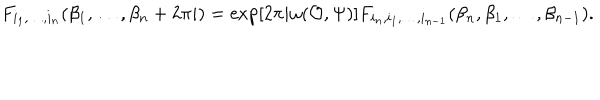
F _ { i _ { 1 } , \dots , i _ { n } } ( \beta _ { 1 } , \dots , \beta _ { n } + 2 \pi i ) = \exp [ 2 \pi i \omega ( { \cal O } , \Psi ) ] F _ { i _ { n } , i _ { 1 } , \dots , i _ { n - 1 } } ( \beta _ { n } , \beta _ { 1 } , \dots , \beta _ { n - 1 } ) .